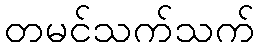
တမင်သက်သက်